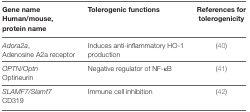
<table><thead><tr><td><b>Gene nameHuman/mouse, protein name</b></td><td><b>Tolerogenic functions</b></td><td><b>References for tolerogenicity</b></td></tr></thead><tbody><tr><td><i>Adora2a</i>,Adenosine A2a receptor</td><td>Induces anti-inflammatory HO-1 production</td><td>(40)</td></tr><tr><td><i>OPTN/Optn</i>Optineurin</td><td>Negative regulator of NF-κB</td><td>(41)</td></tr><tr><td><i>SLAMF7/Slamf7</i>CD319</td><td>Immune cell inhibition</td><td>(42)</td></tr></tbody></table>